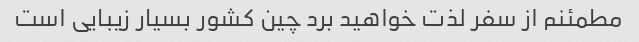
مطمئنم از سفر لذت خواهید برد چین کشور بسیار زیبایی است